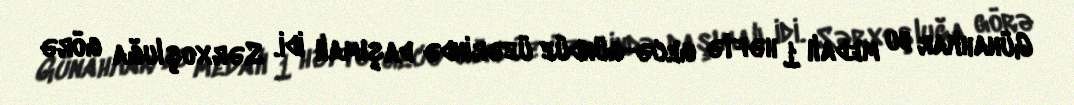
Günahkar bu medalı 1 həftə gecə-gündüz üzərində daşımalı idi. Sərxoşluğa görə